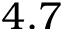
4 . 7